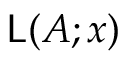
{ \mathsf { L } } ( A ; x )